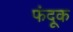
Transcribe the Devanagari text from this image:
फंदूक